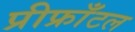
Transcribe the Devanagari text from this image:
प्रीफ्राँटल